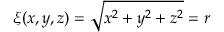
\xi ( x , y , z ) = \sqrt { x ^ { 2 } + y ^ { 2 } + z ^ { 2 } } = r